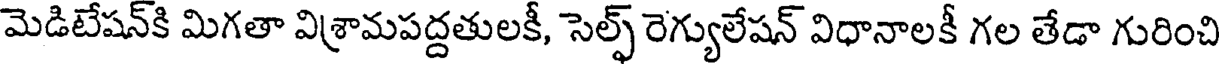
మెడిటేషన్కి మిగతా విశ్రామపద్దతులకీ, సెల్ఫ్ రెగ్యులేషన్ విధానాలకీ గల తేడా గురించి